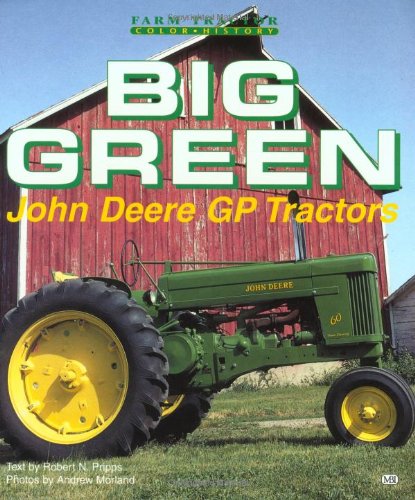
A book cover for Big Green: John Deere Gp Tractors (Motorbooks International Farm Tractor Color History); Robert Pripps; Engineering & Transportation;